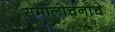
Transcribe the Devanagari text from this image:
समालोचनाचे